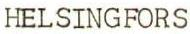
HELSINGFORS